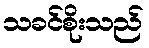
သခင်စိုးသည်